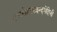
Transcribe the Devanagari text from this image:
राअसेहरकइन्दगेहिणी